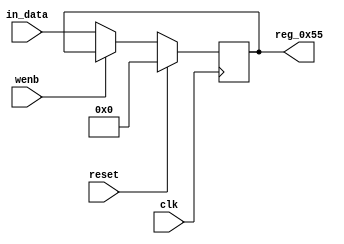
module r_TX_BUF_OBJ1_BYTE_1(output reg [7:0] reg_0x55, input wire reset, input wire wenb, input wire [7:0] in_data, input wire clk);
	always@(posedge clk)
	begin
		if(reset==0) begin
			if(wenb==0)
				reg_0x55<=in_data;
			else
				reg_0x55<=reg_0x55;
		end
		else
			reg_0x55<=8'h00;
	end
endmodule